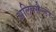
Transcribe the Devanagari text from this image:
अलिक्सैन्डर